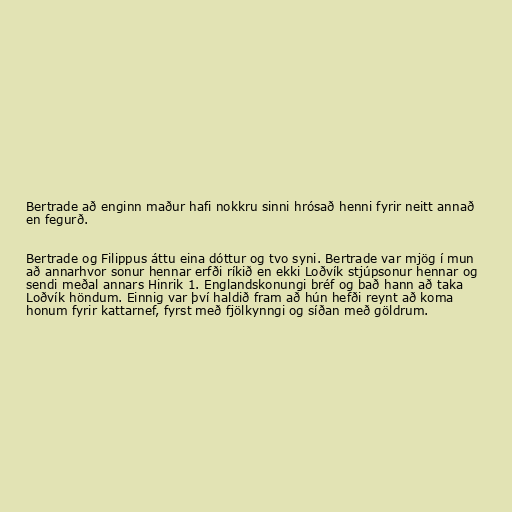
Bertrade að enginn maður hafi nokkru sinni hrósað henni fyrir neitt annað
en fegurð.

Bertrade og Filippus áttu eina dóttur og tvo syni. Bertrade var mjög í mun
að annarhvor sonur hennar erfði ríkið en ekki Loðvík stjúpsonur hennar og
sendi meðal annars Hinrik 1. Englandskonungi bréf og bað hann að taka
Loðvík höndum. Einnig var því haldið fram að hún hefði reynt að koma
honum fyrir kattarnef, fyrst með fjölkynngi og síðan með göldrum.